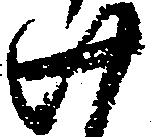
廿